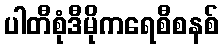
ပါတီစုံဒီမိုကရေစီစနစ်